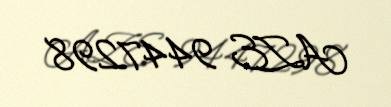
AZE 9447298